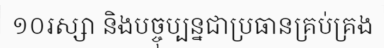
១០រស្សា និងបច្ចុប្បន្នជាប្រធានគ្រប់គ្រង